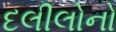
દલીલોનો